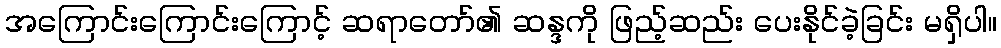
အကြောင်းကြောင်းကြောင့် ဆရာတော်၏ ဆန္ဒကို ဖြည့်ဆည်း ပေးနိုင်ခဲ့ခြင်း မရှိပါ။